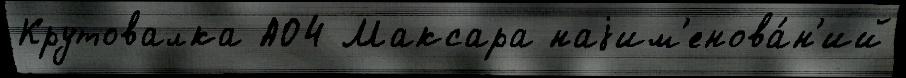
Крутовалка АО4 Максара наjим'енова́н'ий